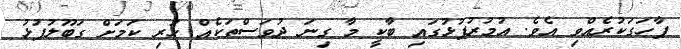
ފާހަގަކުރެއްވި އެވެ. އުމުރުފުޅުގައި ބާކީ މާ ގިނަ ދުވަސްތަކެއް ހުރި ކަމަށް ގަބޫލުފުޅު